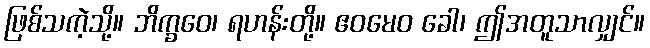
ဖြစ်သကဲ့သို့။ ဘိက္ခဝေ၊ ရဟန်းတို့။ ဧဝမေဝ ခေါ၊ ဤအတူသာလျှင်။